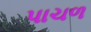
પાચળ